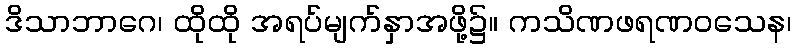
ဒိသာဘာဂေ၊ ထိုထို အရပ်မျက်နှာအဖို့၌။ ကသိဏဖရဏဝသေန၊